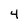
Character: 4